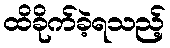
ထိခိုက်ခဲ့ရသည့်